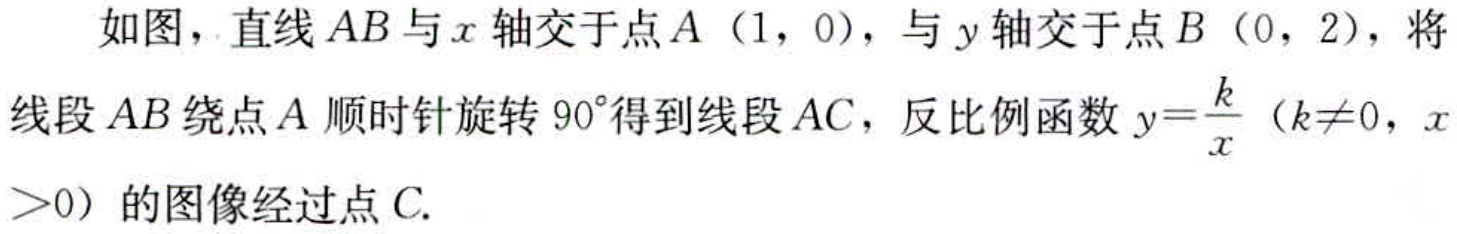
如图，直线\(AB\)与\(x\)轴交于点\(A\)（\(1\)，\(0\)），与\(y\)轴交于点\(B\)（\(0\)，\(2\)），将线段\(AB\)绕点\(A\)顺时针旋转\(90^{\circ}\)得到线段\(AC\)，反比例函数\(y = \frac{k}{x}\)（\(k\neq0\)，\(x>0\)）的图像经过点\(C\).